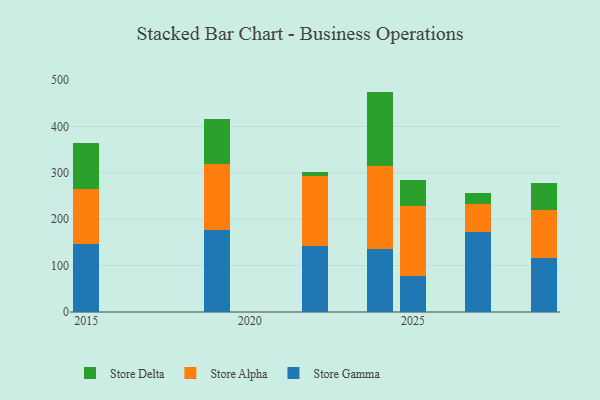
{"axis": {"x": "Year", "y": "Churn Rate (%)"}, "legend": ["Store Alpha", "Store Delta", "Store Gamma"], "data": [{"x": "2029", "y": 117.4, "type": "Store Gamma"}, {"x": "2029", "y": 102.1, "type": "Store Alpha"}, {"x": "2029", "y": 59.0, "type": "Store Delta"}, {"x": "2024", "y": 136.7, "type": "Store Gamma"}, {"x": "2024", "y": 177.8, "type": "Store Alpha"}, {"x": "2024", "y": 160.7, "type": "Store Delta"}, {"x": "2019", "y": 176.6, "type": "Store Gamma"}, {"x": "2019", "y": 142.3, "type": "Store Alpha"}, {"x": "2019", "y": 97.3, "type": "Store Delta"}, {"x": "2027", "y": 173.2, "type": "Store Gamma"}, {"x": "2027", "y": 58.6, "type": "Store Alpha"}, {"x": "2027", "y": 25.8, "type": "Store Delta"}, {"x": "2022", "y": 142.2, "type": "Store Gamma"}, {"x": "2022", "y": 151.1, "type": "Store Alpha"}, {"x": "2022", "y": 8.9, "type": "Store Delta"}, {"x": "2025", "y": 77.3, "type": "Store Gamma"}, {"x": "2025", "y": 152.1, "type": "Store Alpha"}, {"x": "2025", "y": 56.2, "type": "Store Delta"}, {"x": "2015", "y": 147.2, "type": "Store Gamma"}, {"x": "2015", "y": 118.9, "type": "Store Alpha"}, {"x": "2015", "y": 99.1, "type": "Store Delta"}]}